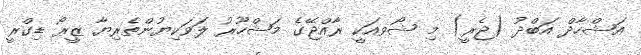
އަޝްހާދް އަބްދު (ޖެރީ) މި ޝޯވއަކީ ރާއްޖޭގެ މަޝްހޫރު ލަވަކިޔުންތެރިޔާ ޒީރޯ ޑިގްރީ